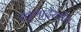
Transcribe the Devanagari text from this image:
खुणादेखील